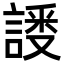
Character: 𬢸